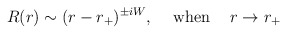
\begin{align*}R(r) \sim (r-r_+)^{\pm iW}, \hskip 0.5cm {\rm when} \hskip 0.5cm r \rightarrow r_+\end{align*}